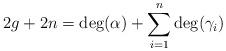
LaTeX: \begin{align*} 2g + 2n = \deg(\alpha) + \sum_{i=1}^{n} \deg(\gamma_i) \end{align*}